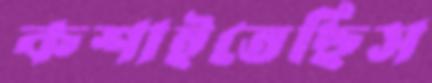
কশাইতেছিস